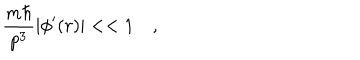
{ \frac { m \hbar } { p ^ { 3 } } } | \phi ^ { \prime } ( r ) | < < 1 \quad ,